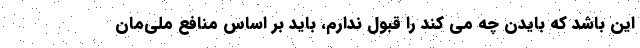
این باشد که بایدن چه می کند را قبول ندارم، باید بر اساس منافع ملی‌مان